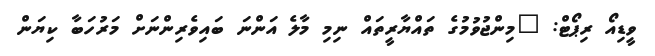
ވީޑިއޯ ރިޕޯޓް: "މިންޖުވުމުގެ ތައްޔާރީތައް ނިމި މާލެ އަންނަ ބައިވެރިންނަށް މަރުހަބާ ކިޔަން